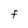
Character: F